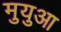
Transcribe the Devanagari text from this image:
मुयुआ